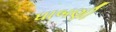
ધાબણી